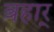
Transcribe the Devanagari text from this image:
बहार्